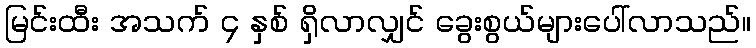
မြင်းထီး အသက် ၄ နှစ် ရှိလာလျှင် ခွေးစွယ်များပေါ်လာသည်။